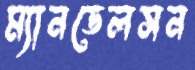
ম্যানডেলসন